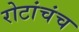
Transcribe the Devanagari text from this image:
रोटांचंच